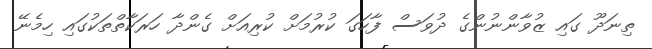
ތިނަދޫ ގައި ޒުވާންނުންގެ ދުވަސް ފާހަގަ ކުރުމަށް ކުރިއަށް ގެންދާ ހަރަކާތްތަކުގައި ހިމެނޭ